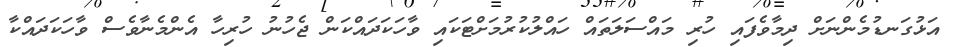
އަޅުގަނޑުމެންނަށް ދިމާވެފައި ހުރި މައްސަލަތައް ހައްލުކުރުމަށްޓަކައި ވާހަކަދައްކަން ޖެހުނު ހުރިހާ އެންމެނާވެސް ވާހަކަދައްކާ